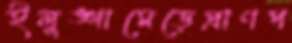
ইলুঙ্গামেড়েপ্রাণপ